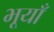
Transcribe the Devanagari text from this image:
भूयाँ